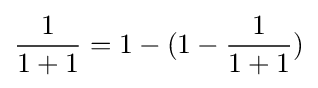
{\frac {1}{1+1}}=1-(1-{\frac {1}{1+1}})